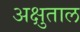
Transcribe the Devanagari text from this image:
अक्षुताल